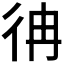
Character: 𢓒